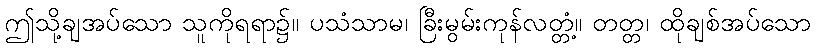
ဤသို့ချအပ်သော သူကိုရရာ၌။ ပသံသာမ၊ ခြီးမွမ်းကုန်လတ္တံ့။ တတ္တ၊ ထိုချစ်အပ်သော